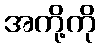
အကို့ကို